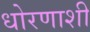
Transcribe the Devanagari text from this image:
धोरणाशी